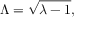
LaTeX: \Lambda = \sqrt { \lambda - 1 } ,